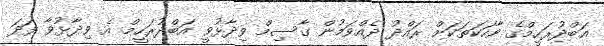
އަބްދުރަހީމްގެ ވާހަކަތަކަށް ރައްދު ދެއްވަމުން ގާސިމް ވިދާޅުވީ އަބްދުރަހީމް އެ ވިދާޅުވާ ފަދަ